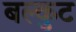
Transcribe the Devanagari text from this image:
बल्कुट